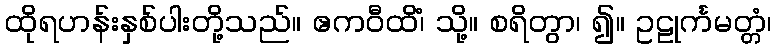
ထိုရဟန်းနှစ်ပါးတို့သည်။ ဧကဝီထိံ၊ သို့။ စရိတွာ၊ ၍။ ဥဠုင်္ကမတ္တံ၊